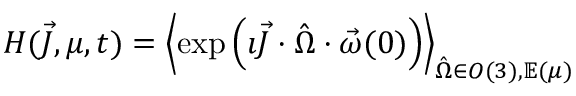
\begin{array} { r } { H ( \vec { J } , \mu , t ) = \left\langle \exp \left( \imath \vec { J } \cdot \hat { \Omega } \cdot \vec { \omega } ( 0 ) \right) \right\rangle _ { \hat { \Omega } \in O ( 3 ) , \mathbb E ( \mu ) } } \end{array}